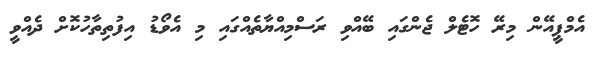
އެމްޕީއޭން މިރޭ ހޮޓެލް ޖެންގައި ބޭއްވި ރަސްމިއްޔާތެއްގައި މި އެވޯޑު އިފުތިތާހުކޮށް ދެއްވީ